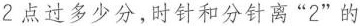
2点过多少分，时针和分针离”2”的